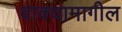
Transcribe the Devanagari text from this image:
वाक्यामागील